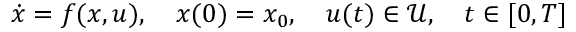
{ \dot { x } } = f ( x , u ) , \quad x ( 0 ) = x _ { 0 } , \quad u ( t ) \in { \mathcal { U } } , \quad t \in [ 0 , T ]